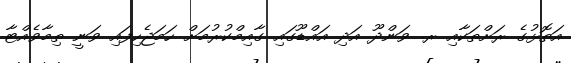
އަތޮޅުގެ ރަށްތަކާއި ރ. ވަންދޫ އަދި އައްޑޫގައި ގާއިމްކުރުމަށް ހަމަޖެހިފައި ވަނީ ތިމާވެއްޓާ